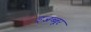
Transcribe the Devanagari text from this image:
ड्जब्बूर